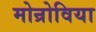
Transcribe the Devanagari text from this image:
मोन्रोविया